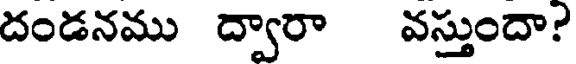
దండనము ద్వారా వస్తుందా?